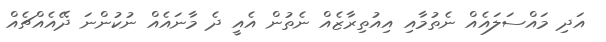
އަދި މައްސަލައެއް ނެތުމާއި އިއުތިރާޒެއް ނެތުން އެއީ ދެ މާނައެއް ނުކުންނަ ދޭއެއްޗެއް